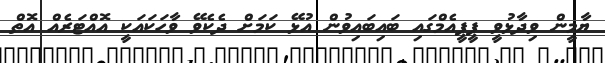
ޔާމީން ވިދާޅުވީ ޕީޕީއެމްގައި ބައިބައިވުން އުޅޭ ކަމަށް ދެކެވޭ ވާހަކައަކީ އޮއްޓަރެއް އޮތް